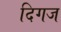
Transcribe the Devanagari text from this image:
दिगज